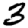
Digit: 3